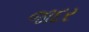
જાદર